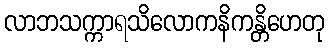
လာဘသက္ကာရသိလောကနိကန္တိဟေတု